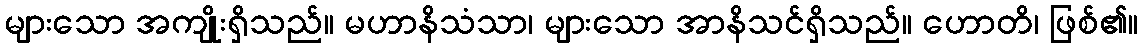
များသော အကျိုးရှိသည်။ မဟာနိသံသာ၊ များသော အာနိသင်ရှိသည်။ ဟောတိ၊ ဖြစ်၏။